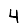
Digit: 4